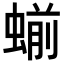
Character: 𬠝